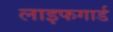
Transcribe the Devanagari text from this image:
लाइफगार्ड